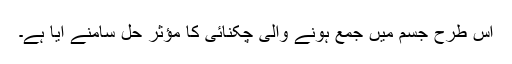
اس طرح جسم میں جمع ہونے والی چکنائی کا مؤثر حل سامنے آیا ہے۔